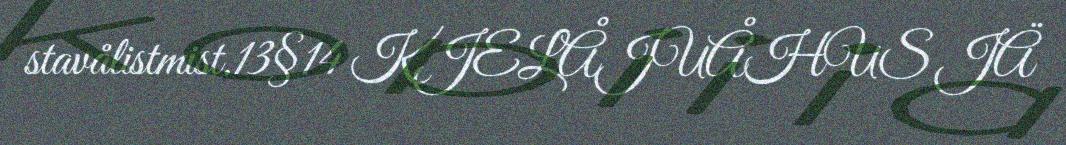
stavålistmist.13§14 KJELÅJUÅHUS JÄ